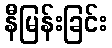
နီမြန်းခြင်း